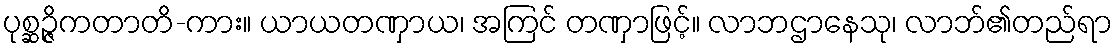
ပုစ္ဆဉ္ဇိကတာတိ-ကား။ ယာယတဏှာယ၊ အကြင် တဏှာဖြင့်။ လာဘဌာနေသု၊ လာဘ်၏တည်ရာ